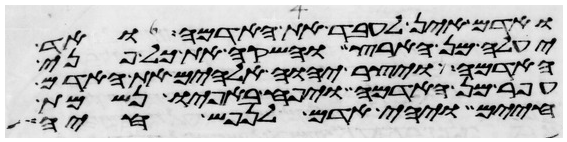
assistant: ואדם אין לעבד את האדמה ואד
יעלה מן הארץ והשקה את כל פני
האדמה ויצר יהוה אלהים את האדם
עפר מן האדמה ויפח באפיו נשמת
חיים ויהי אדם לנפש חיה